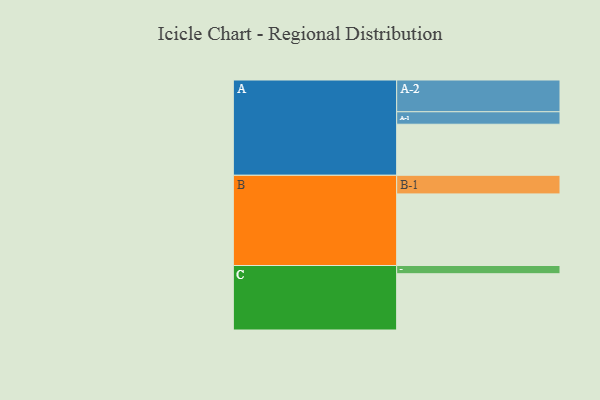
{"axis": {"x": "Segment", "y": "Value"}, "legend": ["", "A", "B", "C"], "data": [{"x": "A", "y": 373, "type": ""}, {"x": "B", "y": 523, "type": ""}, {"x": "C", "y": 411, "type": ""}, {"x": "A-1", "y": 91, "type": "A"}, {"x": "A-2", "y": 232, "type": "A"}, {"x": "B-1", "y": 136, "type": "B"}, {"x": "C-1", "y": 60, "type": "C"}]}